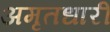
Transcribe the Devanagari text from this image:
अमृतधारीं